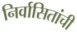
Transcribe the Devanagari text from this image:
निर्वासितांची